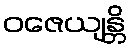
ဝဇေယျန္တိ